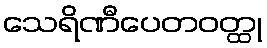
သေရိဏီပေတဝတ္ထု